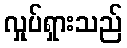
လှုပ်ရှားသည်